King Institute of Preventive Medicine Micro-Biological Section reports 1909-11
Year: 1909
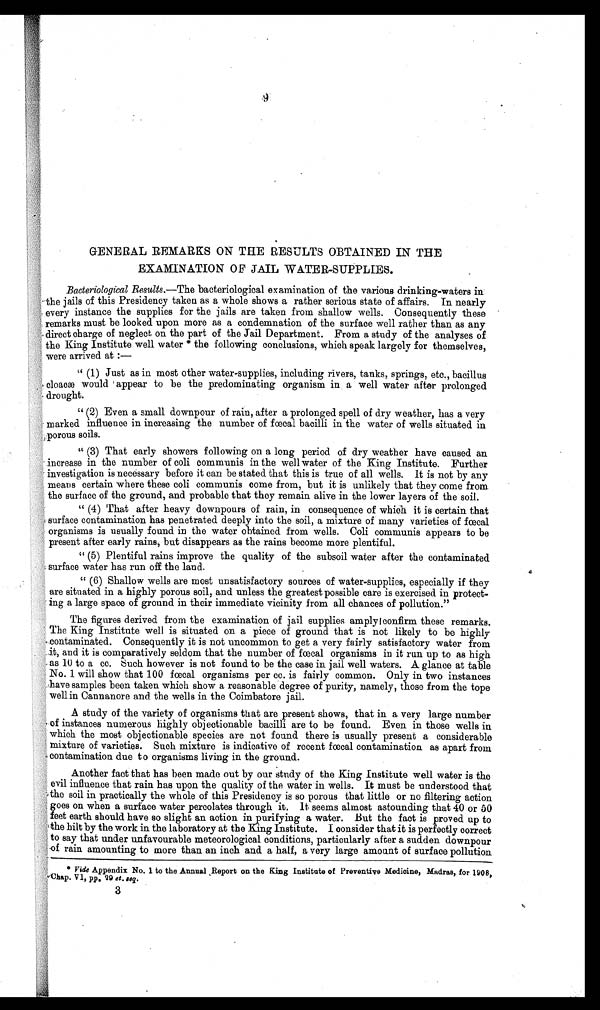
GENERAL REMARKS ON THE RESULTS OBTAINED IN THE
EXAMINATION OF JAIL WATER-SUPPLIES.
Bacteriological Results.—The bacteriological examination of the various drinking-waters in
the jails of this Presidency taken as a whole shows a rather serious state of affairs. In nearly
• every instance the supplies for the jails are taken from shallow wells. Consequently these
remarks must be looked upon more as a condemnation of the surface well rather than as any
direct charge of neglect on the part of the Jail Department. From a study of the analyses of
the King Institute well water * the following conclusions, which speak largely for themselves,
were arrived at:—
" (1) Just as in most other water-supplies, including rivers, tanks, springs, etc., bacillus
cloacaæ would appear to be the predominating organism in a well water after prolonged
drought.
" (2) Even a small downpour of rain, after a prolonged spell of dry weather, has a very
marked influence in increasing the number of fœcal bacilli in the water of wells situated in
porous soils.
" (3) That early showers following on a long period of dry weather have caused an
increase in the number of coli communis in the well water of the King Institute. Further
investigation is necessary before it can be stated. that this is true of all wells. It is not by any
means certain where these coli communis come from, but it is unlikely that they come from.
the surface of the ground, and probable that they remain alive in the lower layers of the soil.
" (4) That after heavy downpours of rain, in consequence of which it is certain that
surface contamination has penetrated deeply into the soil, a mixture of many varieties of fœcal
organisms is usually found in the water obtained from wells. Coli communis appears to be
present after early rains, but disappears as the rains become more plentiful.
" (5) Plentiful rains improve the quality of the subsoil water after the contaminated
surface water has run off the land.
" (6) Shallow wells are most unsatisfactory sources of water-supplies, especially if they
are situated in a highly porous soil, and unless the greatest possible care is exercised in protect-
- ing a large space of ground in their immediate vicinity from all chances of pollution."
The figures derived from the examination of jail supplies amply confirm these remarks.
The King Institute well is situated on a piece of ground that is not likely to be highly
contaminated. Consequently it is not uncommon to get a very fairly satisfactory water from
it, and it is comparatively seldom that the number of fœcal organisms in it run up to as high
as 10 to a cc. Such however is not found to be the case in jail well waters. A glance at table
No. 1 will show that 100 fœcal organisms per cc. is fairly common. Only in two instances
have samples been taken which show a reasonable degree of purity, namely, those from the tope
well in Cannanore and. the wells in the Coimbatore jail.
A study of the variety of organisms that are present shows, that in a very large number
•of instances numerous highly objectionable bacilli are to be found. Even in those wells in
which the most objectionable species are not found there is usually present a considerable
mixture of varieties. Such mixture is indicative of recent fœcal contamination as apart from
contamination due to organisms living in the ground.
Another fact that has been made out by our study of the King Institute well water is the
evil influence that rain has upon the quality of the water in wells. It must be understood that
the soil in practically the whole of this Presidency is so porous that little or no filtering action
goes on when a surface water percolates through it. It seems almost astounding that 40 or 50
feet earth should have so slight an action in purifying a water. But the fact is proved up to
the hilt by the work in. the laboratory at the King Institute. I consider that it is perfectly correct
to say that under unfavourable meteorological conditions, particularly after a sudden downpour
of rain amounting to more than an inch and a half, a very large amount of surface pollution
Vide Appendix No. 1 to the Annual Report on the King Institute of Preventive Medicine, Madras, for 1908,
Chap. 171, P1). 29 et. sea.
3